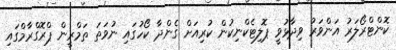
ކޮންޓްރޯލަރު އަންވަރު ވިދާޅުވީ ޕޮލިޓެކްނިކުން ކުރިއަށް ގެންދާ ކޯހުގައި ނުވަތަ ތަމްރީން ޕްރޮގްރާމްގައި